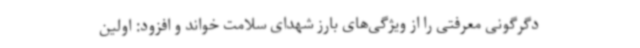
دگرگونی معرفتی را از ویژگی‌های بارز شهدای سلامت خواند و افزود: اولین